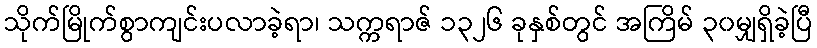
သိုက်မြိုက်စွာကျင်းပလာခဲ့ရာ၊ သက္ကရာဇ် ၁၃၂၆ ခုနှစ်တွင် အကြိမ် ၃၀မျှရှိခဲ့ပြီ